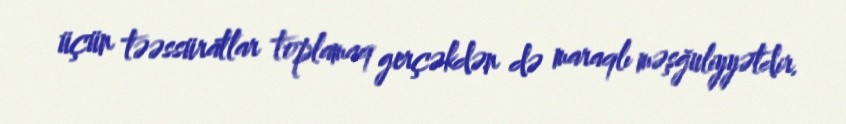
üçün təəssüratlar toplamaq gerçəkdən də maraqlı məşğuliyyətdir.